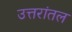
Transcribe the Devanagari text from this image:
उत्तरांतल